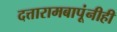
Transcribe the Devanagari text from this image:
दत्तारामबापूंनीही